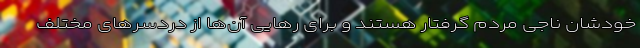
خودشان ناجی مردم گرفتار هستند و برای رهایی آن‌ها از دردسرهای مختلف